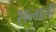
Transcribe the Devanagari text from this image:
शत्मली